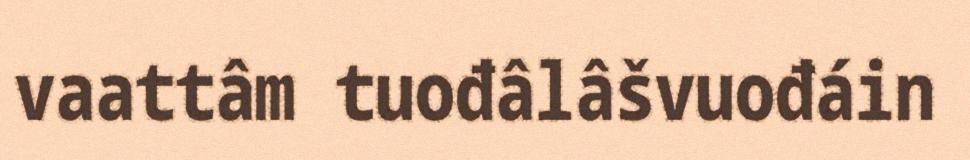
vaattâm tuođâlâšvuođáin